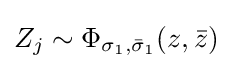
Z_{j}\sim \Phi _{\sigma _{1},{\bar {\sigma }}_{1}}(z,{\bar {z}})